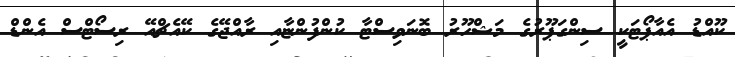
ކޫއްޑު އެއާޕޯޓަކީ ސިންގަޕޫރުގެ މަޝްހޫރު ބޮނަވިސްޓާ ކުންފުންޏާއި ރާއްޖޭގެ ކޭއެޗްއޭ ރިސޯޓްސް އެންޑް